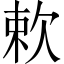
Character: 欶